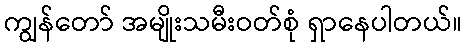
ကျွန်တော် အမျိုးသမီးဝတ်စုံ ရှာနေပါတယ်။